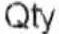
QTY